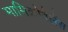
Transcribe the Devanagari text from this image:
मामिक्रोबैलेंस